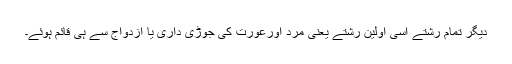
دیگر تمام رشتے اسی اولین رشتے یعنی مرد اورعورت کی جوڑی داری یا ازدواج سے ہی قائم ہوئے۔